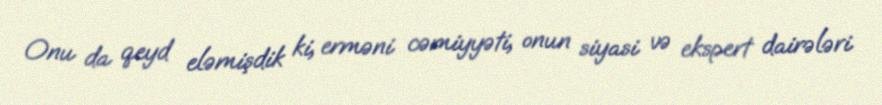
Onu da qeyd eləmişdik ki, erməni cəmiyyəti, onun siyasi və ekspert dairələri